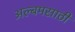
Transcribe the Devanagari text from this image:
अल्बमसाठी